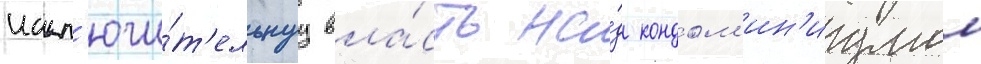
искл'ючи́т'ельнуу вла́сть на́д кондом'ин'иумом